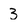
Character: 3